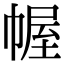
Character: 幄